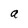
Character: a